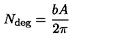
N _ { \mathrm { d e g } } = { \frac { b A } { 2 \pi } }